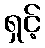
ရှင့်